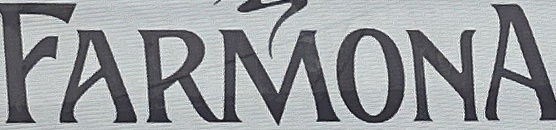
FARMONA